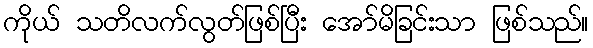
ကိုယ် သတိလက်လွတ်ဖြစ်ပြီး အော်မိခြင်းသာ ဖြစ်သည်။